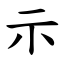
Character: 示